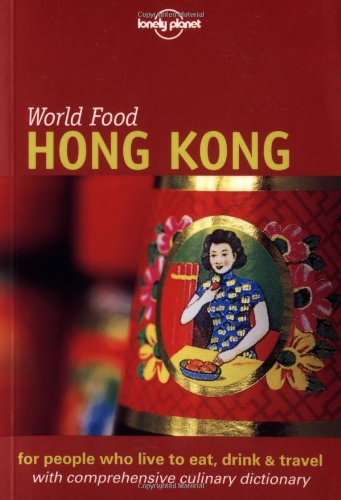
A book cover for Lonely Planet World Food Hong Kong; Richard Sterling; Travel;